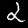
Digit: 2